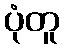
ပုံတူ